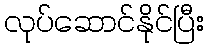
လုပ်ဆောင်နိုင်ပြီး